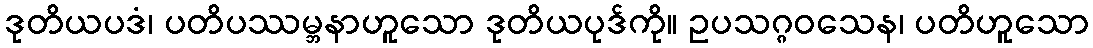
ဒုတိယပဒံ၊ ပတိပဿမ္ဘနာဟူသော ဒုတိယပုဒ်ကို။ ဥပသဂ္ဂဝသေန၊ ပတိဟူသော